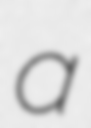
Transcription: a